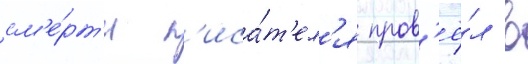
см'е́рт'и п'иса́т'ел'я пров'ё́л в